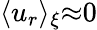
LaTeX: \langle u_{r}\rangle_{\xi}{\approx}0